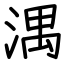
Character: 湡